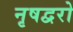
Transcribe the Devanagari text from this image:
नृषद्वरो